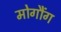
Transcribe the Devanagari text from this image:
मोगौंग